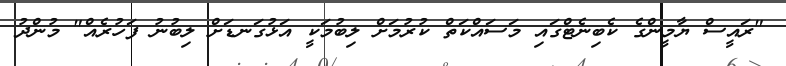
"ރައީސް ޔާމީންގެ ކެބިނެޓްގައި މަސައްކަތް ކުރުމަށް ލިބުމަކީ އަޅުގަނޑަށް ލިބުނު ފަހުރެއް" މުންދު